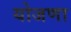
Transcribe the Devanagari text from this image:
योजणा